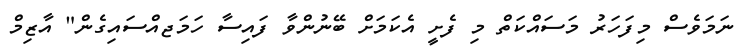
ނަމަވެސް މިފަހަރު މަސައްކަތް މި ފެށީ އެކަމަށް ބޭނުންވާ ފައިސާ ހަމަޖއްސައިގެން" އާޒިމް